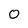
Character: 0